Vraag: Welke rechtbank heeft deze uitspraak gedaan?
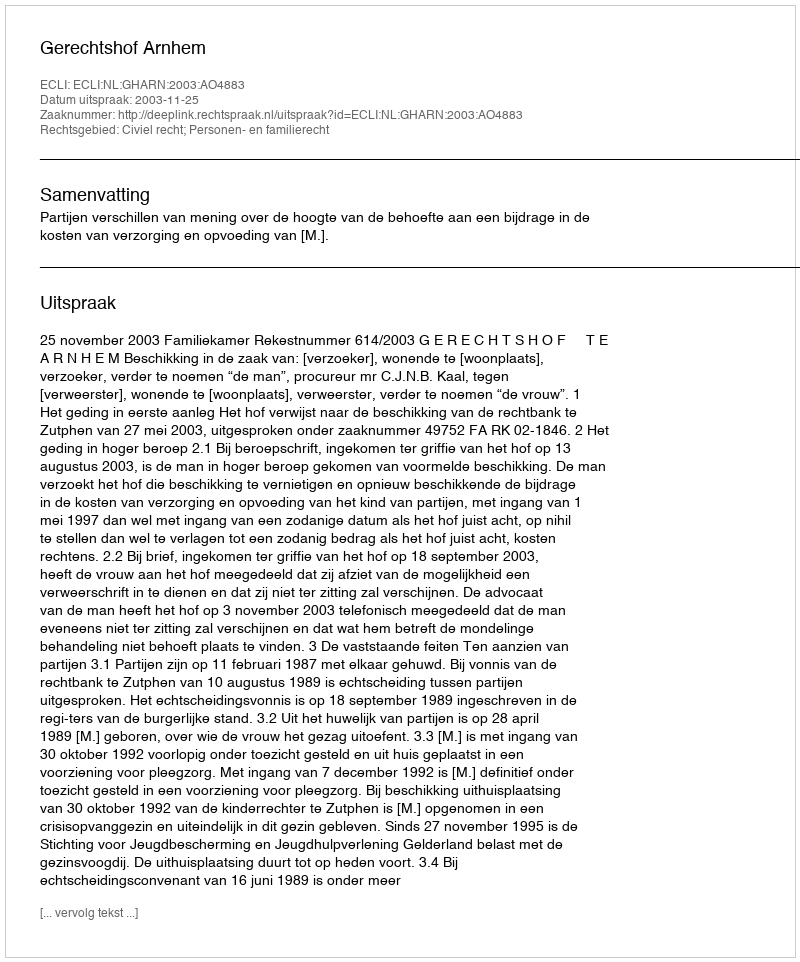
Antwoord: Gerechtshof Arnhem